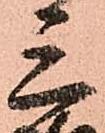
三